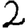
Digit: 2